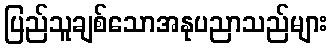
ပြည်သူချစ်သောအနုပညာသည်များ